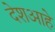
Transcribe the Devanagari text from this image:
देशआहे